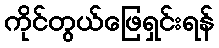
ကိုင်တွယ်ဖြေရှင်းရန်